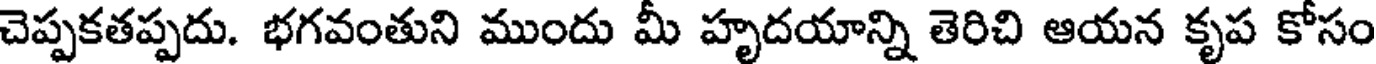
చెప్పకతప్పదు. భగవంతుని ముందు మీ హృదయాన్ని తెరిచి ఆయన కృప కోసం